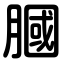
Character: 膕